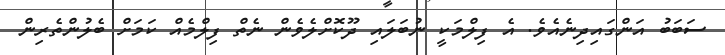
ސަބަބު އަންގައިދިނެއެވެ. އެ ފިލްމަކީ ނުބަލައި ދޫކޮށްލެވެން ނެތް ފިލްމެއް ކަމަށް ބެލުންތެރިން